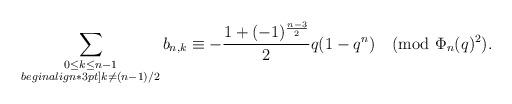
LaTeX: \begin{align*}\sum_{\substack{0\le k \le n-1\\begin{align*}3pt]k\not= (n-1)/2}} b_{n,k}\equiv -\frac{1+(-1)^{\frac{n-3}{2}}}{2}q(1-q^n)\pmod{\Phi_n(q)^2}.\end{align*}